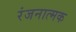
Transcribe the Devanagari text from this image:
रंजनात्मक